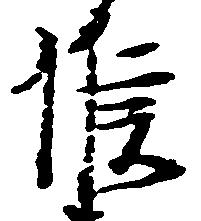
候